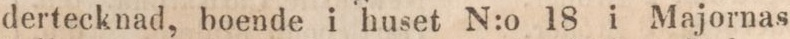
dertecknad, boende i huset N:o 18 i Majornas